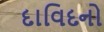
દાવિદનો